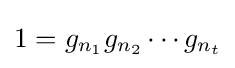
1=g_{n_{1}}g_{n_{2}}\cdots g_{n_{t}}